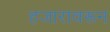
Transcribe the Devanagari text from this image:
हजारावरून